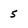
Character: 5